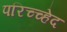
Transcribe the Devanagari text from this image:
परिच्च्हेद